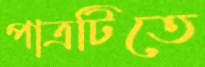
পাত্রটিতে